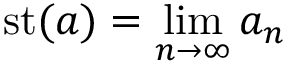
\operatorname { s t } ( a ) = \operatorname* { l i m } _ { n \to \infty } a _ { n }